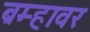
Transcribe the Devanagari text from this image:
ब्रम्हावर